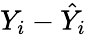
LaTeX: Y_{i}-{\hat{Y}}_{i}